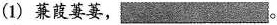
(1) 蒹葭萋萋， ___ 。